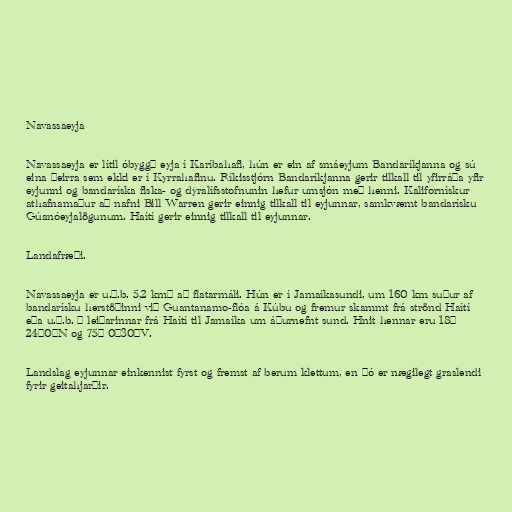
Navassaeyja

Navassaeyja er lítil óbyggð eyja í Karíbahafi, hún er ein af smáeyjum Bandaríkjanna og sú
eina þeirra sem ekki er í Kyrrahafinu. Ríkisstjórn Bandaríkjanna gerir tilkall til yfirráða yfir
eyjunni og bandaríska fiska- og dýralífsstofnunin hefur umsjón með henni. Kalifornískur
athafnamaður að nafni Bill Warren gerir einnig tilkall til eyjunnar, samkvæmt bandarísku
Gúanóeyjalögunum. Haítí gerir einnig tilkall til eyjunnar.

Landafræði.

Navassaeyja er u.þ.b. 5,2 km² að flatarmáli. Hún er í Jamaíkasundi, um 160 km suður af
bandarísku herstöðinni við Guantanamo-flóa á Kúbu og fremur skammt frá strönd Haítí
eða u.þ.b. ¼ leiðarinnar frá Haítí til Jamaíka um áðurnefnt sund. Hnit hennar eru 18°
24′0″N og 75° 0′30″V.

Landslag eyjunnar einkennist fyrst og fremst af berum klettum, en þó er nægilegt graslendi
fyrir geitahjarðir.